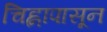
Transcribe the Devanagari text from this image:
चिह्नापासून